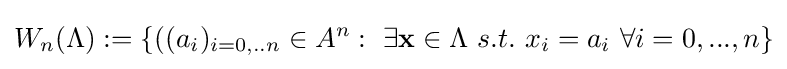
W_{n}(\Lambda ):=\{((a_{i})_{i=0,..n}\in A^{n}:\ \exists \mathbf {x} \in \Lambda \ s.t.\ x_{i}=a_{i}\ \forall i=0,...,n\}